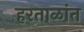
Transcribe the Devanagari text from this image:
हरताळांत